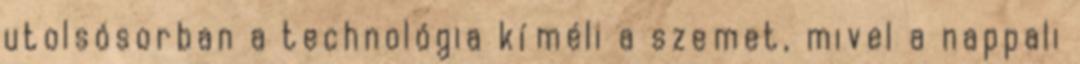
utolsósorban a technológia kíméli a szemet, mivel a nappali